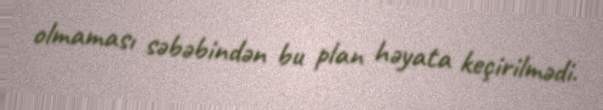
olmaması səbəbindən bu plan həyata keçirilmədi.